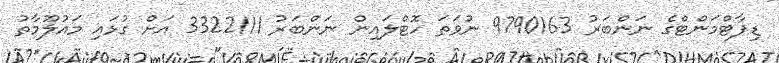
ޑިޕާޓްމަންޓްގެ ނަންބަރު 9790163 ނުވަތަ ހޮޓްލައިން ނަންބަރު 3322111 އަށް ގުޅައި މައުލޫމާތު